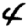
Digit: 4